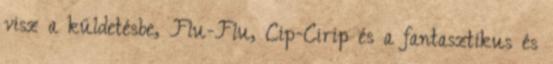
visz a küldetésbe, Flu-Flu, Cip-Cirip és a fantasztikus és